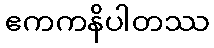
ဧကကနိပါတဿ